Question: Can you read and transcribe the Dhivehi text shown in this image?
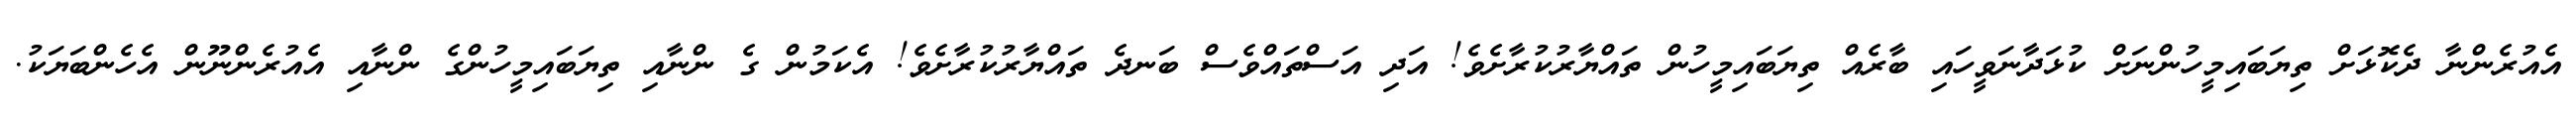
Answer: އެއުރެންނާ ދެކޮޅަށް ތިޔަބައިމީހުންނަށް ކުޅަދާނަވީހައި ބާރެއް ތިޔަބައިމީހުން ތައްޔާރުކުރާށެވެ! އަދި އަސްތައްވެސް ބަނދެ ތައްޔާރުކުރާށެވެ! އެކަމުން ގެ ންނާއި ތިޔަބައިމީހުންގެ ންނާއި އެއުރެންނޫން އެހެންބަޔަކު.